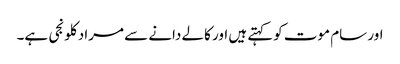
اور سام موت کوکہتے ہیں اور کالے دانے سے مراد کلونجی ہے۔